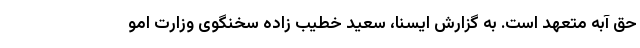
حق آبه متعهد است. به گزارش ایسنا، سعید خطیب زاده سخنگوی وزارت امو